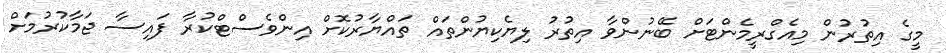
މީގެ އިތުރުން މިއެގްރީމެންޓަށް ބޭނުންވާ އިތުރު ލިޔެކިޔުންތައް ތައްޔާރުކޮށް އިންވެސްޓްކުރާ ފައިސާ ޖަމާކުރުމަށް